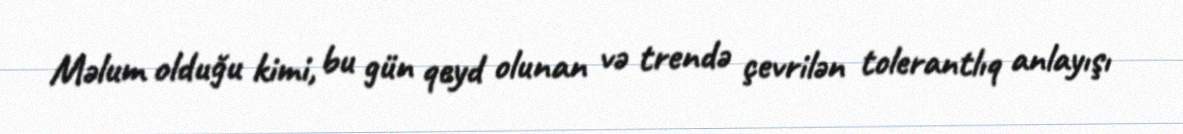
Məlum olduğu kimi, bu gün qeyd olunan və trendə çevrilən tolerantlıq anlayışı